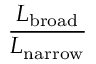
\frac { L _ { \mathrm { b r o a d } } } { L _ { \mathrm { n a r r o w } } }